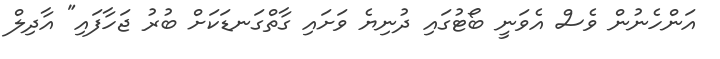
އަންހެނުން ވެސް އެވަނީ ބޯޓުގައި ދުނިޔެ ވަށައި ގާތްގަނޑަކަށް ބުރު ޖަހާފައި" އާދިލް